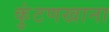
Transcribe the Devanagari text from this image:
कुंटणखाना